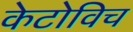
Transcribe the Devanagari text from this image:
केटोविच